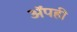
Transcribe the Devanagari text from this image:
अॅपही